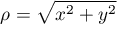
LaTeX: \rho = { \sqrt { x ^ { 2 } + y ^ { 2 } } }